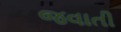
જવાતી